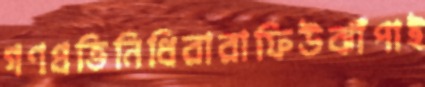
গণপ্রতিনিধিরারাফিউঝাঁপাই